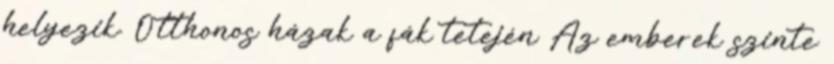
helyezik. Otthonos házak a fák tetején Az emberek szinte